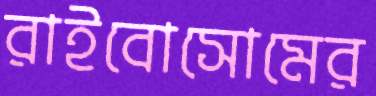
রাইবোসোমের